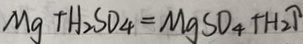
M g + H _ { 2 } S O _ { 4 } = M g S O _ { 4 } + H _ { 2 } \uparrow